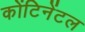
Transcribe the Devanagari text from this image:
कोंटिनेंटल